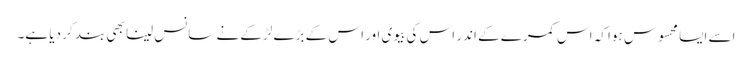
اسے ایسا محسوس ہوا کہ اس کمرے کے اندر اس کی بیوی اور اس کے بڑے لڑکے نے سانس لینا بھی بند کر دیا ہے۔